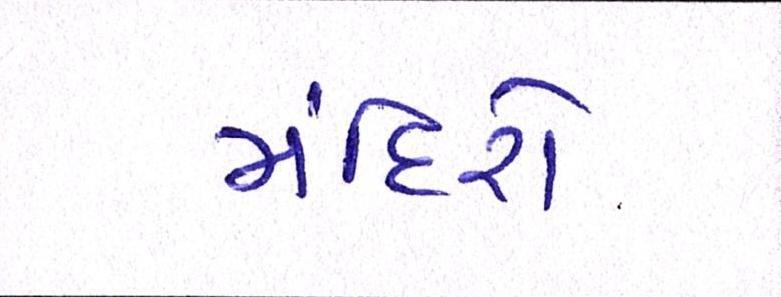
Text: મંદિરો